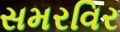
સમરવિર